Vaccination North-Western Provinces and Oudh 1878-1895 - 1878-1895
Year: 1878
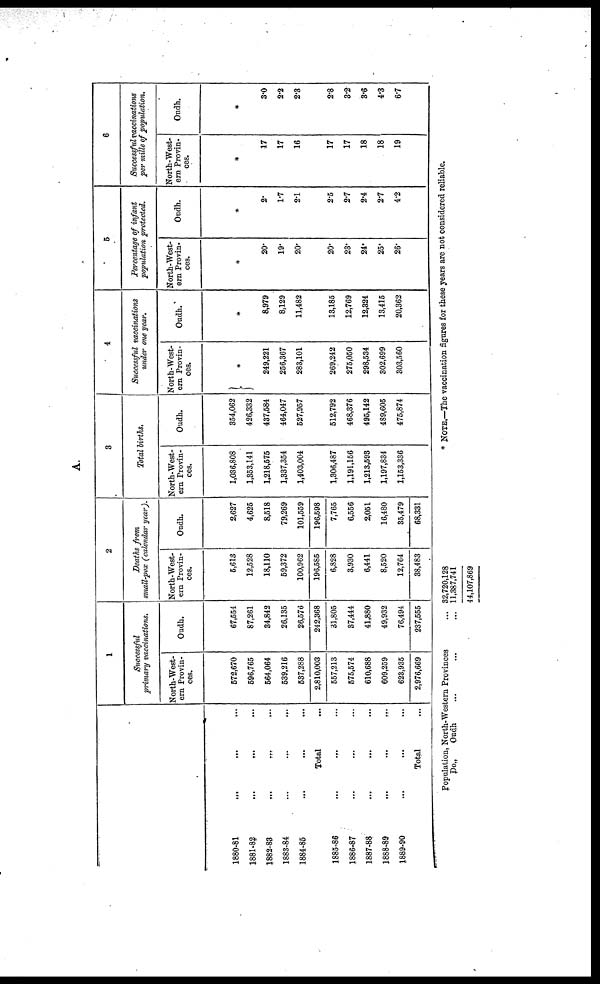
A.
1880-81 ... ... ...
1881-82 ... ... ...
1882-83 ... ... ...
1883-84 ... ... ...
1884-85 ... ... ...
Total ...
1885-86 ... ... ...
1886-87 ... ... ...
1887-88 ... ... ...
1888-89 ... ... ...
1889-90 ... ... ...
Total ...
1
Successful
primary vaccinations.
North-West-
ern Provin-
ces.
572,670
596,765
564,064
539,216
537,288
2,810,003
557,213
575,574
610,688
609,259
623,935
2,976,669
Oudh.
67,554
87,261
34,842
26,135
26,576
242,368
31,805
37,444
41,880
49,932
76,494
237,555
2
Deaths from
small-pox (calendar year).
North-West-
ern Provin-
ces.
5,613
12,528
18,110
59,372
100,962
196,585
6,828
3,930
6,441
8,520
12,764
38,483
Oudh.
2,627
4,625
8,518
79,269
101,559
196,598
7,765
6,556
2,051
16,480
35,479
68,331
3
Total births.
North-West-
ern Provin-
ces.
1,036,808
1,853,141
1,218,575
1,337,354
1,403,004
1,306,487
1,191,156
1,213,593
1,197,834
1,153,336
Oudh.
354,062
426,332
437,584
464,047
527,957
512,792
468,376
495,142
489,605
475,874
4
Successful vaccinations
under one year.
North-West-
ern Provin-
ces.
*
249,221
256,367
283,101
269,242
275,050
298,534
302,699
303,560
Oudh.
*
8,979
8,129
11,482
13,185
12,769
12,324
13,415
20,362
5
Percentage of infant
population protected.
North-West-
ern Provin-
ces.
*
20.
19.
20.
20.
23.
24.
25.
26.
Oudh.
*
2.
1.7
2.1
2.5
2.7
2.4
2.7
4.2
6
Successful vaccinations
per mille of population.
North-West-
ern Provin-
ces.
*
17
17
16
17
17
18
18
19
Oudh.
*
3.0
2.2
2.3
2.8
3.2
3.6
4.3
6.7
Population, North-Western Provinces ...
Do„
Oudh ... ... ...
32,720,128
11,387,741
44,107,869
* NOTE.—The vaccination figures for these years are not considered reliable.